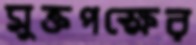
মুক্তপক্ষের